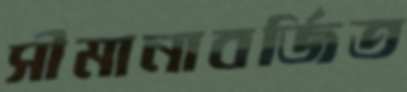
সীমানাবর্জিত